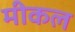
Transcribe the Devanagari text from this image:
मीकल